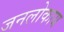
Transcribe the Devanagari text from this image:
जनलोकाय